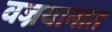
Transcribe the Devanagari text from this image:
वज्रयानात